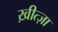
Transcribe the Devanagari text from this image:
ख़ीत्ज़ा